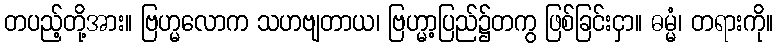
တပည့်တို့အား။ ဗြဟ္မလောက သဟဗျတာယ၊ ဗြဟ္မာ့ပြည်၌တကွ ဖြစ်ခြင်းငှာ။ ဓမ္မံ၊ တရားကို။